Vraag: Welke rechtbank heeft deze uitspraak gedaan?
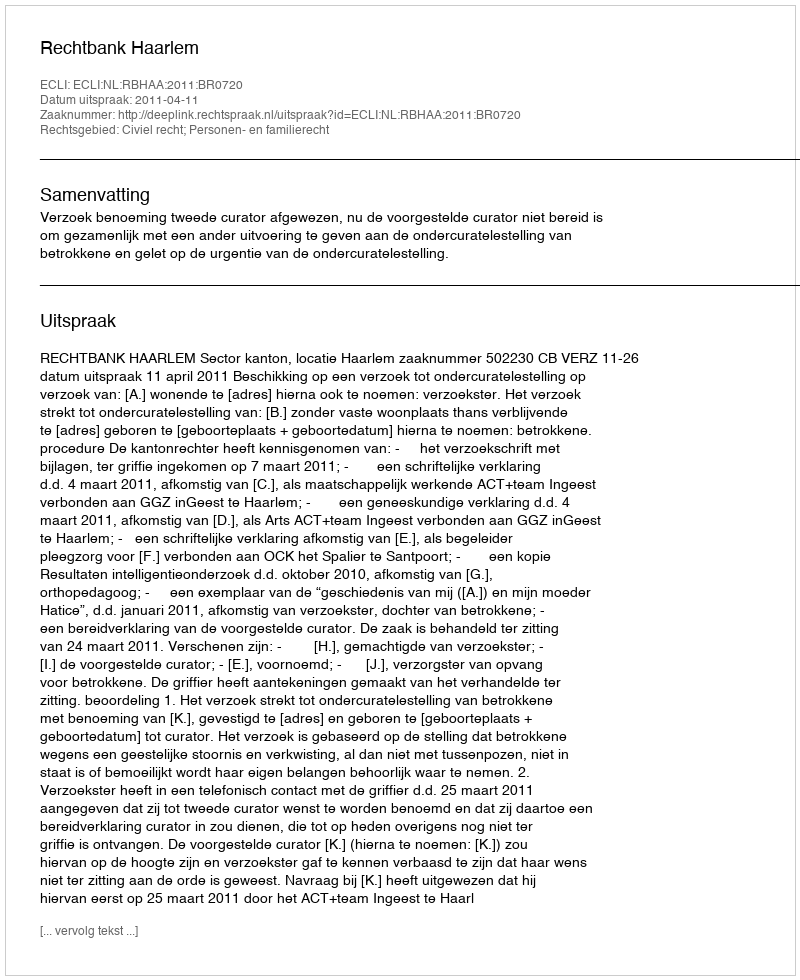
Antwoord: Rechtbank Haarlem